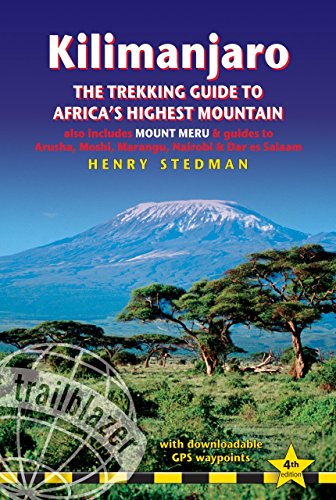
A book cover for Kilimanjaro - The Trekking Guide to Africa's Highest Mountain: (Includes Mt Meru And Guides To Nairobi, Dar Es Salaam,  Arusha, Moshi And Marangu) (Trailblazer Trekking Guides); Henry Stedman; Sports & Outdoors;